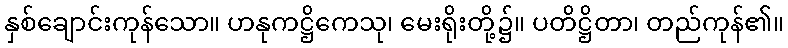
နှစ်ချောင်းကုန်သော။ ဟနုကဋ္ဌိကေသု၊ မေးရိုးတို့၌။ ပတိဋ္ဌိတာ၊ တည်ကုန်၏။